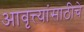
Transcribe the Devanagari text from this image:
आवृत्त्यांसाठीचे